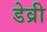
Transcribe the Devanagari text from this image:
डेव्री